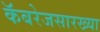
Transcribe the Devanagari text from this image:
कॅबरेजसारख्या